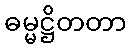
ဓမ္မဋ္ဌိတတာ